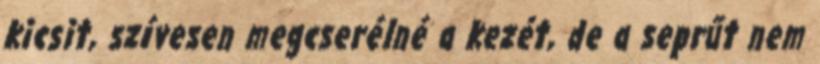
kicsit, szívesen megcserélné a kezét, de a seprűt nem